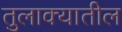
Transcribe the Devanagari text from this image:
तुलाक्यातील